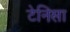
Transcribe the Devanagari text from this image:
टेनिसा